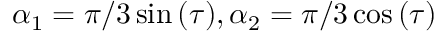
\alpha _ { 1 } = \pi / 3 \sin { ( \tau ) } , \alpha _ { 2 } = \pi / 3 \cos { ( \tau ) }